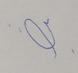
Signature authenticity: forged